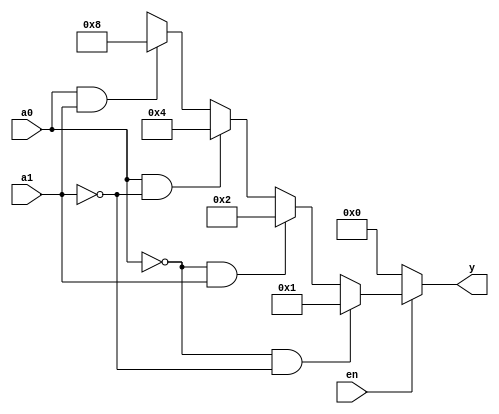
module decoder_2x4(en,a0,a1,y);
   input en,a0,a1;
   output reg [3:0]y;
   always @(en,a0,a1)
     begin
       if(en==1)
         begin
           if(a0==1'b0 & a1==1'b0) y=4'b0001;
           else if(a0==1'b0 & a1==1'b1) y=4'b0010;
           else if(a0==1'b1 & a1==1'b0) y=4'b0100;
           else if(a0==1'b1 & a1==1'b1) y=4'b1000;
           else y=4'bxxxx;
         end
       else
        y=4'b0000;
     end
endmodule